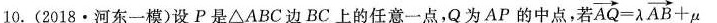
10.(2018·河东一模)设P是\bigtriangleupABC边BC上的任意一点，Q为AP的中点，若 $$\overrightarrow{AQ}= \lambda \overrightarrow{AB}+ \mu$$